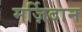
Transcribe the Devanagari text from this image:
मर्ज़िदान